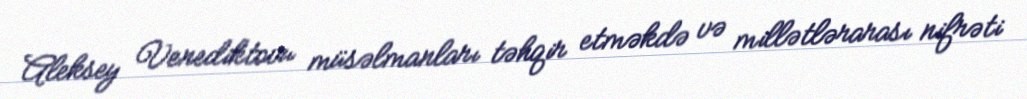
Aleksey Venediktovu müsəlmanları təhqir etməkdə və millətlərarası nifrəti